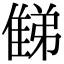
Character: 𨿘